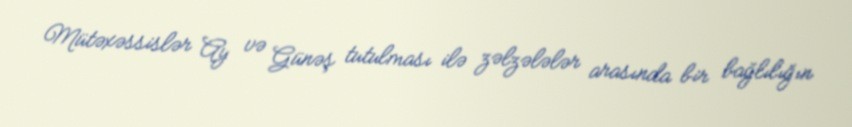
Mütəxəssislər Ay və Günəş tutulması ilə zəlzələlər arasında bir bağlılığın